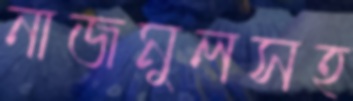
নাজমুলসহ